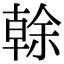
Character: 𠏉